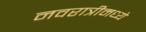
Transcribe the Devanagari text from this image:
नवरात्रीमध्ये